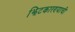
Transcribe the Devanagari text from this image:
झिटकारण्याची